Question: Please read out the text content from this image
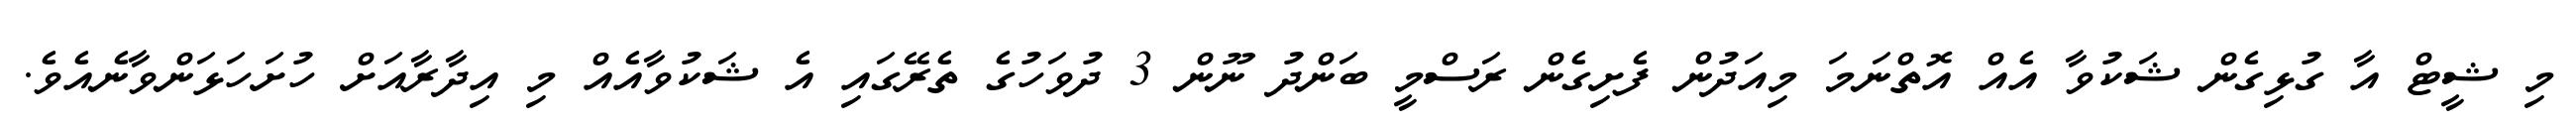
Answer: މި ޝީޓް އާ ގުޅިގެން ޝަކުވާ އެއް އޮތްނަމަ މިއަދުން ފެށިގެން ރަސްމީ ބަންދު ނޫން 3 ދުވަހުގެ ތެރޭގައި އެ ޝަކުވާއެއް މި އިދާރާއަށް ހުށަހަޅަންވާނެއެވެ.